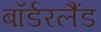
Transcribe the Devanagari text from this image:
बॉर्डरलैंड